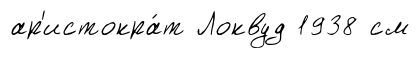
ар'истокра́т Локвуд 1938 см